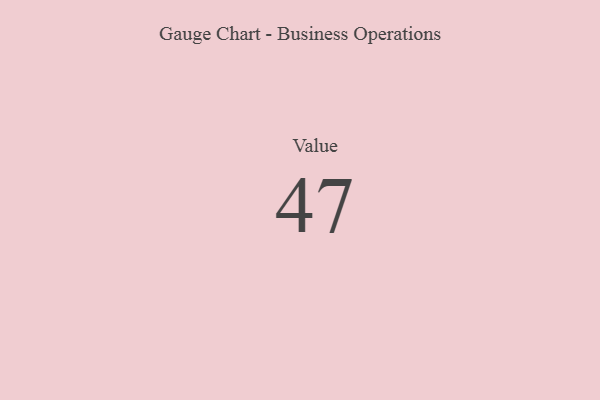
{"axis": {"x": "Metric", "y": "Value"}, "legend": [""], "data": [{"x": "Value", "y": 47, "type": ""}]}